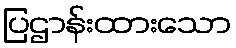
ပြဌာန်းထားသော